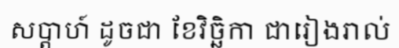
សប្តាហ៍ ដូចជា ខែវិច្ឆិកា ជារៀងរាល់